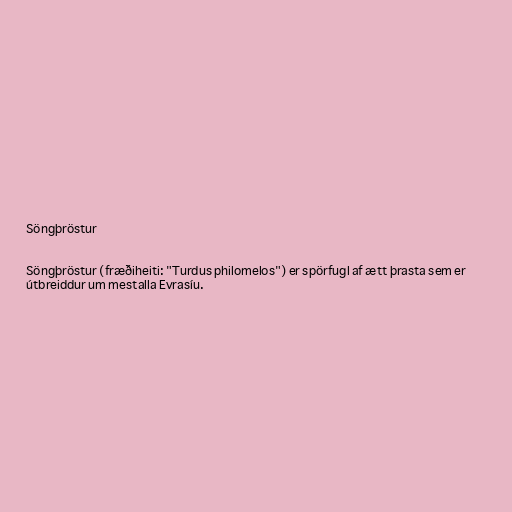
Söngþröstur

Söngþröstur (fræðiheiti: "Turdus philomelos") er spörfugl af ætt þrasta sem er
útbreiddur um mestalla Evrasíu.